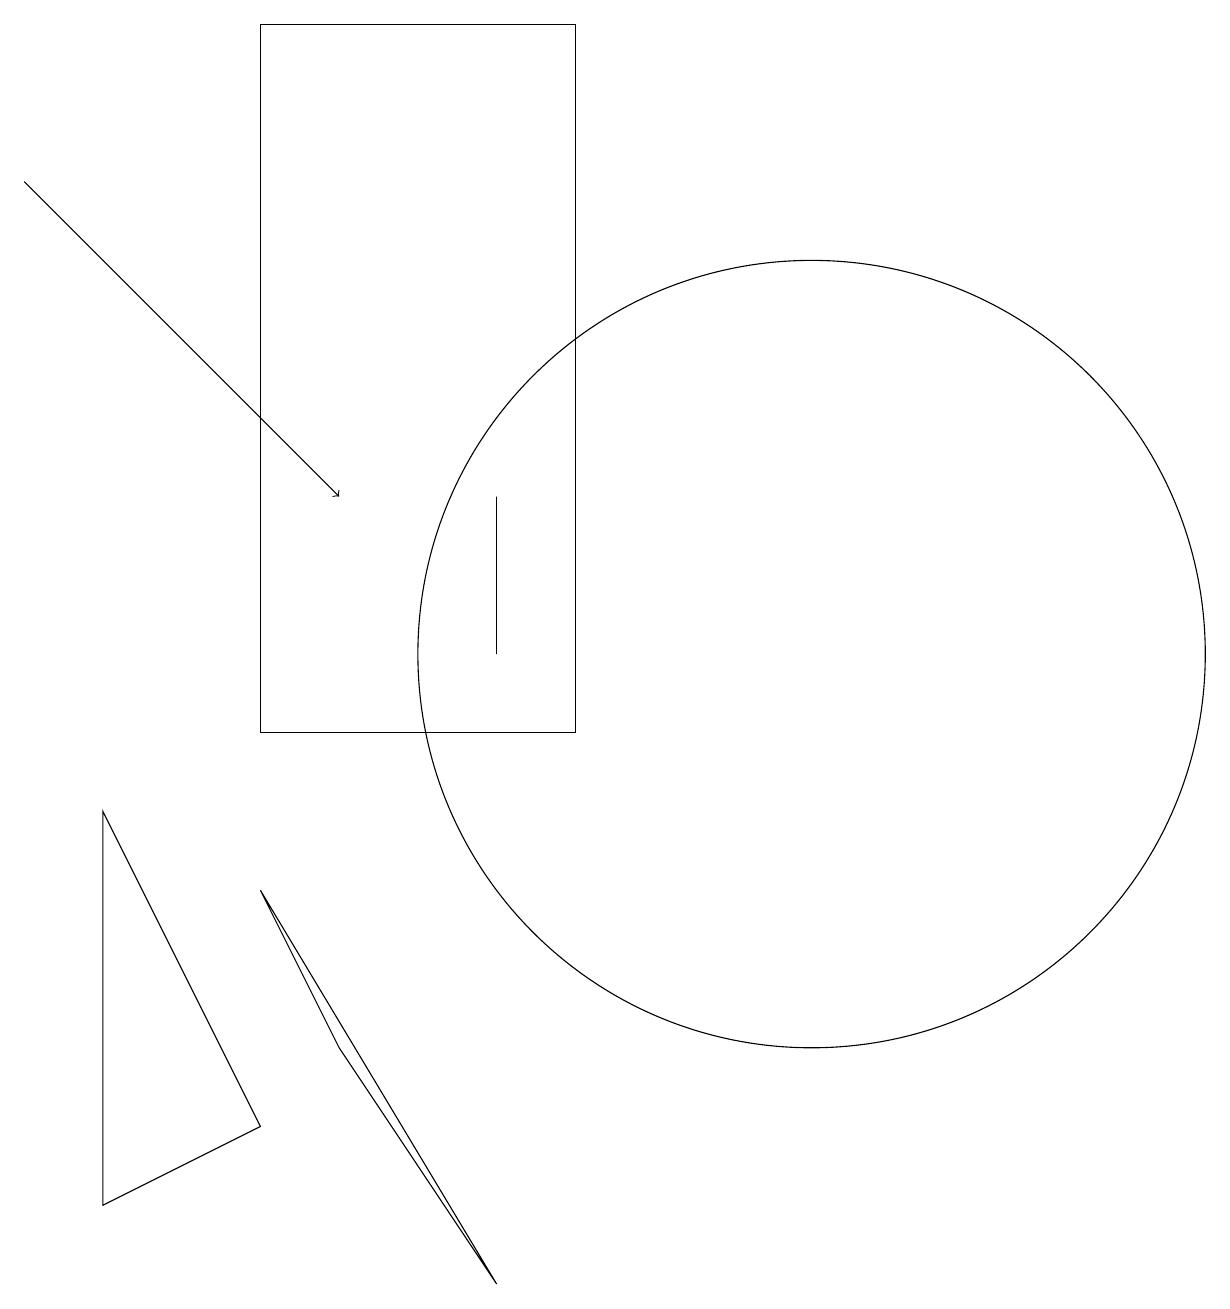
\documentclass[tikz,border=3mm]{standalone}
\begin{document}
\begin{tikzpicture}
\draw (5,10) rectangle (9,19);
\draw (6,6) -- (8,3) -- (5,8) -- cycle;
\draw (8,13) rectangle (8,11);
\draw[->] (2,17) -- (6,13);
\draw (3,9) -- (3,4) -- (5,5) -- cycle;
\draw (12,11) circle (5);
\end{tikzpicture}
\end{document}